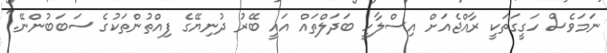
ނަމަވެސް ހަގީގަތަކީ ރާއްޖެއަށް އިސްލާހީ ބަދަލްތައް އައީ ބޭރު ދުނިޔޭގެ ފިއްތުންތަކުގެ ސަބަބުންނޭ."